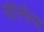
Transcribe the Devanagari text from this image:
चेल्‍िसया